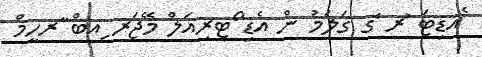
ެއޑިޓަ ުރ ެގ ގަލަމު ން އެޑި ޯޓރިއަލް މޭޖަރ ިއބް ާރހީމް